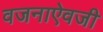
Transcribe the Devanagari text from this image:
वजनाऐवजी